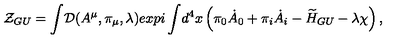
{ \cal Z } _ { G U } = { \displaystyle \int } { \cal D } ( A ^ { \mu } , \pi _ { \mu } , \lambda ) e x p { i \displaystyle \int } d ^ { 4 } x \left( \pi _ { 0 } { \dot { A } _ { 0 } } + \pi _ { i } { \dot { A } _ { i } } - { \widetilde H _ { G U } } - \lambda \chi \right) ,